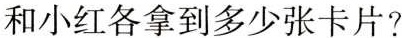
和小红各拿到多少张卡片?